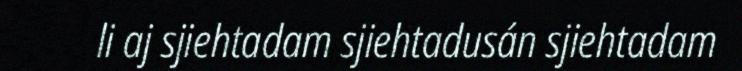
li aj sjiehtadam sjiehtadusán sjiehtadam